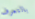
بالتعرف